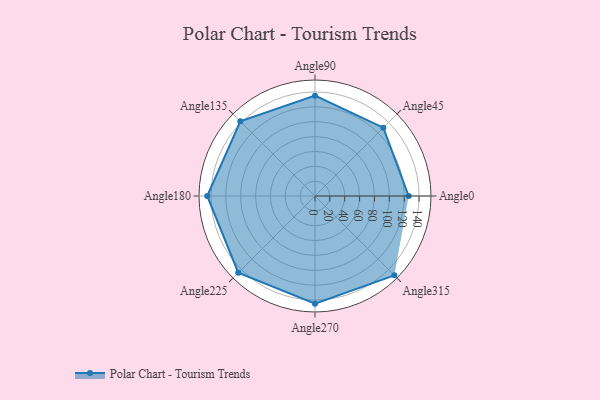
{"axis": {"x": "Angle", "y": "Radius"}, "legend": [""], "data": [{"x": "Angle0", "y": 126.0, "type": ""}, {"x": "Angle45", "y": 130.0, "type": ""}, {"x": "Angle90", "y": 135.0, "type": ""}, {"x": "Angle135", "y": 142.0, "type": ""}, {"x": "Angle180", "y": 145.0, "type": ""}, {"x": "Angle225", "y": 146.0, "type": ""}, {"x": "Angle270", "y": 145.0, "type": ""}, {"x": "Angle315", "y": 151.0, "type": ""}]}